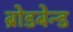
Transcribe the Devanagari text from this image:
ब्रोडबेन्ड